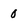
Character: 0